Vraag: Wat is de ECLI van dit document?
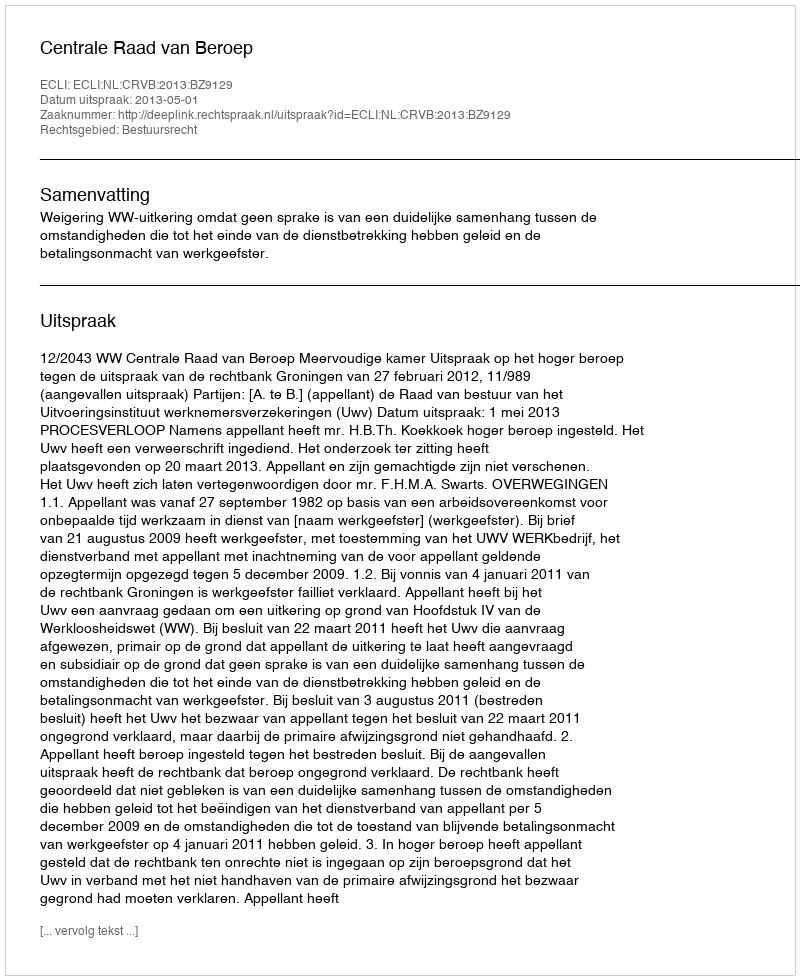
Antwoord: ECLI:NL:CRVB:2013:BZ9129